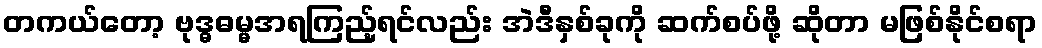
တကယ်တော့ ဗုဒ္ဓဓမ္မအရကြည့်ရင်လည်း အဲဒီနှစ်ခုကို ဆက်စပ်ဖို့ ဆိုတာ မဖြစ်နိုင်စရာ